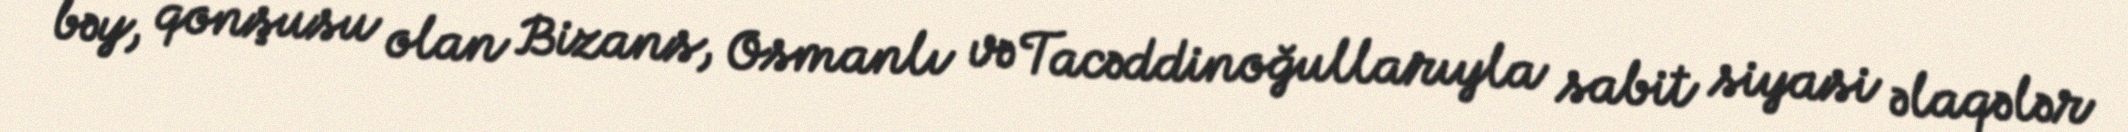
bəy, qonşusu olan Bizans, Osmanlı və Tacəddinoğullarıyla sabit siyasi əlaqələr